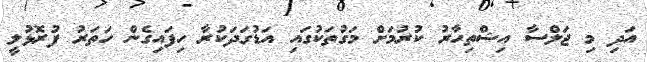
އަދި މި ޖަލްސާ އިޝްތިހާރު ކުރުމަށް މަގުތަކުގައި އަޑުގަދަކުރާ ހިފައިގެން ހަތަރު ފުރޮޅުލީ